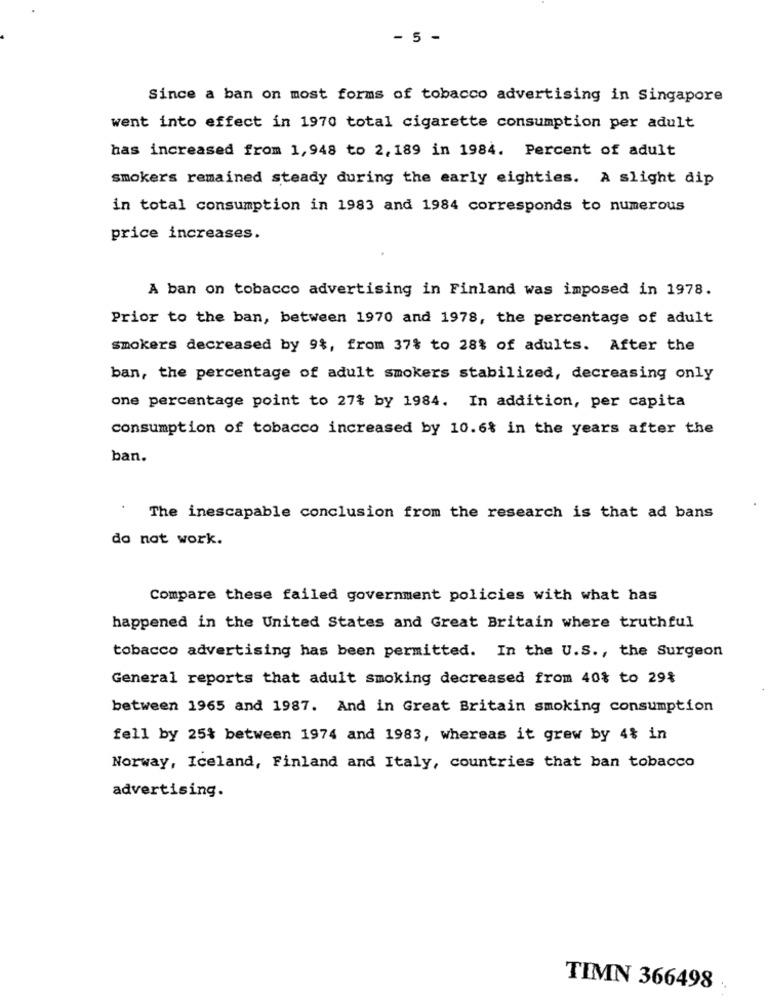
- 5 -
Since a ban on most forms of tobacco advertising in Singapore
went into effect in 1970 total cigarette consumption per adult
has increased from 1,948 to 2, 189 in 1984. Percent of adult
smokers remained steady during the early eighties. A slight dip
in total consumption in 1983 and 1984 corresponds to numerous
price increases.
A ban on tobacco advertising in Finland was imposed in 1978.
Prior to the ban, between 1970 and 1978, the percentage of adult
Smokers decreased by 9%, from 37% to 28% of adults. After the
ban, the percentage of adult smokers stabilized, decreasing only
one percentage point to 27% by 1984. In addition, per capita
consumption of tobacco increased by 10.6% in the years after the
ban.
The inescapable conclusion from the research is that ad bans
do not work.
Compare these failed government policies with what has
happened in the United States and Great Britain where truthful
tobacco advertising has been permitted. In the U.S ., the Surgeon
General reports that adult smoking decreased from 40% to 29%
between 1965 and 1987. And in Great Britain smoking consumption
fell by 25% between 1974 and 1983, whereas it grew by 4% in
Norway, Iceland, Finland and Italy, countries that ban tobacco
advertising.
TIMN 366498